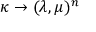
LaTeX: \kappa \rightarrow ( \lambda , \mu ) ^ { n }